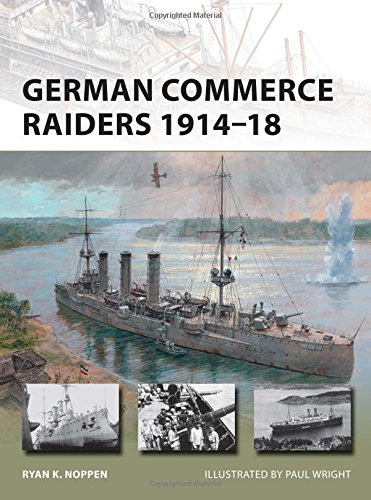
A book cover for German Commerce Raiders 1914-18 (New Vanguard); Ryan Noppen; History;